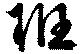
班